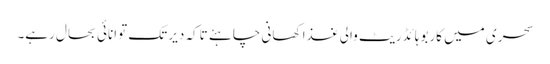
سحری میں کاربوہائڈریٹ والی غذا کھانی چاہئے تاکہ دیر تک توانائی بحال رہے۔